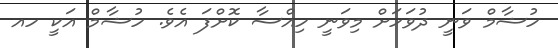
ހުޝާމް ވަނީ ދުވަހަށް މިވަނީ ހިއްސާ ކޮށްފަ އެވެ. ހުޝާމް އަކީ ހއ